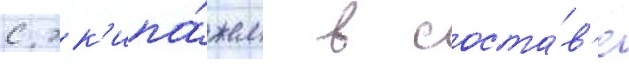
с эк'ипа́жем в соста́в'е